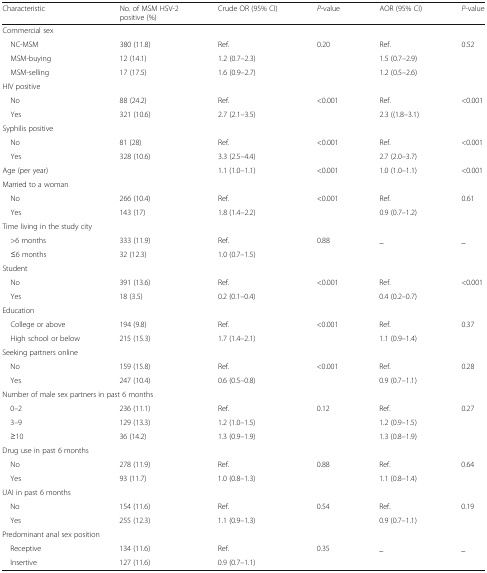
<table><thead><tr><td><b>Characteristic</b></td><td><b>No. of MSM HSV-2 positive (%)</b></td><td><b>Crude OR (95% CI)</b></td><td><b><i>P</i>-value</b></td><td><b>AOR (95% CI)</b></td><td><b><i>P</i>-value</b></td></tr></thead><tbody><tr><td colspan="6">Commercial sex</td></tr><tr><td> NC-MSM</td><td>380 (11.8)</td><td>Ref.</td><td>0.20</td><td>Ref.</td><td>0.52</td></tr><tr><td> MSM-buying</td><td>12 (14.1)</td><td>1.2 (0.7–2.3)</td><td></td><td>1.5 (0.7–2.9)</td><td></td></tr><tr><td> MSM-selling</td><td>17 (17.5)</td><td>1.6 (0.9–2.7)</td><td></td><td>1.2 (0.5–2.6)</td><td></td></tr><tr><td colspan="6">HIV positive</td></tr><tr><td> No</td><td>88 (24.2)</td><td>Ref.</td><td>&lt;0.001</td><td>Ref.</td><td>&lt;0.001</td></tr><tr><td> Yes</td><td>321 (10.6)</td><td>2.7 (2.1–3.5)</td><td></td><td>2.3 ((1.8–3.1)</td><td></td></tr><tr><td colspan="6">Syphilis positive</td></tr><tr><td> No</td><td>81 (28)</td><td>Ref.</td><td>&lt;0.001</td><td>Ref.</td><td>&lt;0.001</td></tr><tr><td> Yes</td><td>328 (10.6)</td><td>3.3 (2.5–4.4)</td><td></td><td>2.7 (2.0–3.7)</td><td></td></tr><tr><td>Age (per year)</td><td></td><td>1.1 (1.0–1.1)</td><td>&lt;0.001</td><td>1.0 (1.0–1.1)</td><td>&lt;0.001</td></tr><tr><td colspan="6">Married to a woman</td></tr><tr><td> No</td><td>266 (10.4)</td><td>Ref.</td><td>&lt;0.001</td><td>Ref.</td><td>0.61</td></tr><tr><td> Yes</td><td>143 (17)</td><td>1.8 (1.4–2.2)</td><td></td><td>0.9 (0.7–1.2)</td><td></td></tr><tr><td colspan="6">Time living in the study city</td></tr><tr><td> &gt;6 months</td><td>333 (11.9)</td><td>Ref.</td><td>0.88</td><td>_</td><td>_</td></tr><tr><td> ≤6 months</td><td>32 (12.3)</td><td>1.0 (0.7–1.5)</td><td></td><td></td><td></td></tr><tr><td colspan="6">Student</td></tr><tr><td> No</td><td>391 (13.6)</td><td>Ref.</td><td>&lt;0.001</td><td>Ref.</td><td>&lt;0.001</td></tr><tr><td> Yes</td><td>18 (3.5)</td><td>0.2 (0.1–0.4)</td><td></td><td>0.4 (0.2–0.7)</td><td></td></tr><tr><td colspan="6">Education</td></tr><tr><td> College or above</td><td>194 (9.8)</td><td>Ref.</td><td>&lt;0.001</td><td>Ref.</td><td>0.37</td></tr><tr><td> High school or below</td><td>215 (15.3)</td><td>1.7 (1.4–2.1)</td><td></td><td>1.1 (0.9–1.4)</td><td></td></tr><tr><td colspan="6">Seeking partners online</td></tr><tr><td> No</td><td>159 (15.8)</td><td>Ref.</td><td>&lt;0.001</td><td>Ref.</td><td>0.28</td></tr><tr><td> Yes</td><td>247 (10.4)</td><td>0.6 (0.5–0.8)</td><td></td><td>0.9 (0.7–1.1)</td><td></td></tr><tr><td colspan="6">Number of male sex partners in past 6 months</td></tr><tr><td> 0–2</td><td>236 (11.1)</td><td>Ref.</td><td>0.12</td><td>Ref.</td><td>0.27</td></tr><tr><td> 3–9</td><td>129 (13.3)</td><td>1.2 (1.0–1.5)</td><td></td><td>1.2 (0.9–1.5)</td><td></td></tr><tr><td> ≥10</td><td>36 (14.2)</td><td>1.3 (0.9–1.9)</td><td></td><td>1.3 (0.8–1.9)</td><td></td></tr><tr><td colspan="6">Drug use in past 6 months</td></tr><tr><td> No</td><td>278 (11.9)</td><td>Ref.</td><td>0.88</td><td>Ref.</td><td>0.64</td></tr><tr><td> Yes</td><td>93 (11.7)</td><td>1.0 (0.8–1.3)</td><td></td><td>1.1 (0.8–1.4)</td><td></td></tr><tr><td colspan="6">UAI in past 6 months</td></tr><tr><td> No</td><td>154 (11.6)</td><td>Ref.</td><td>0.54</td><td>Ref.</td><td>0.19</td></tr><tr><td> Yes</td><td>255 (12.3)</td><td>1.1 (0.9–1.3)</td><td></td><td>0.9 (0.7–1.1)</td><td></td></tr><tr><td colspan="6">Predominant anal sex position</td></tr><tr><td> Receptive</td><td>134 (11.6)</td><td>Ref.</td><td>0.35</td><td>_</td><td>_</td></tr><tr><td> Insertive</td><td>127 (11.6)</td><td>0.9 (0.7–1.1)</td><td></td><td colspan="2"></td></tr></tbody></table>